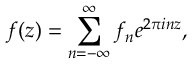
f ( z ) = \sum _ { n = - \infty } ^ { \infty } f _ { n } e ^ { 2 \pi i n z } ,